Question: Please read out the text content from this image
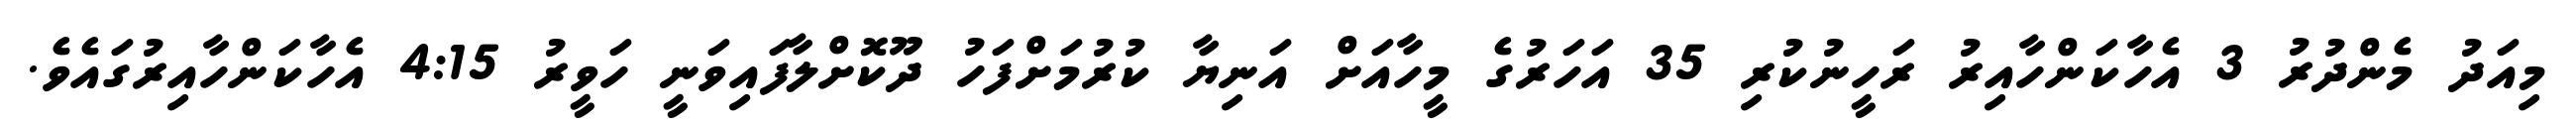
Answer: މިއަދު މެންދުރު 3 އެހާކަންހާއިރު ރަހީނުކުރި 35 އަހަރުގެ މީހާއަށް އަނިޔާ ކުރުމަށްފަހު ދޫކޮށްލާފައިވަނީ ހަވީރު 4:15 އެހާކަންހާއިރުގައެވެ.